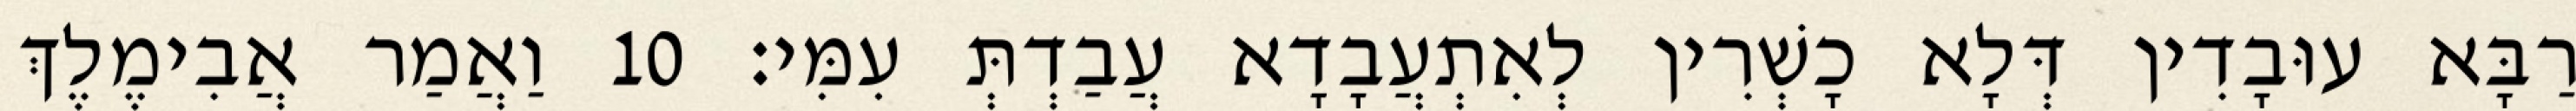
רַבָּא עוּבָדִין דְּלָא כָשְׁרִין לְאִתְעֲבָדָא עֲבַדְתְּ עִמִּי׃ 10 וַאֲמַר אֲבִימֶלֶךְ